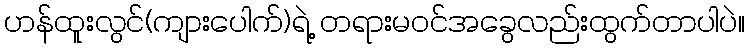
ဟန်ထူးလွင်(ကျားပေါက်)ရဲ့ တရားမဝင်အခွေလည်းထွက်တာပါပဲ။